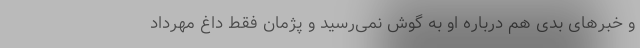
و خبر‌های بدی هم درباره او به گوش نمی‌رسید و پژمان فقط داغ مهرداد